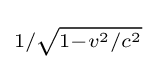
\scriptstyle {1/{\sqrt {1-{v^{2}}/{c^{2}}}}}